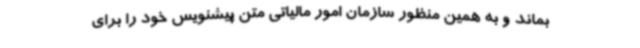
بماند و به همین منظور سازمان امور مالیاتی متن پیشنویس خود را برای